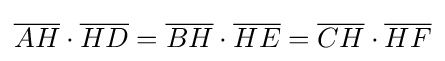
{\overline {AH}}\cdot {\overline {HD}}={\overline {BH}}\cdot {\overline {HE}}={\overline {CH}}\cdot {\overline {HF}}